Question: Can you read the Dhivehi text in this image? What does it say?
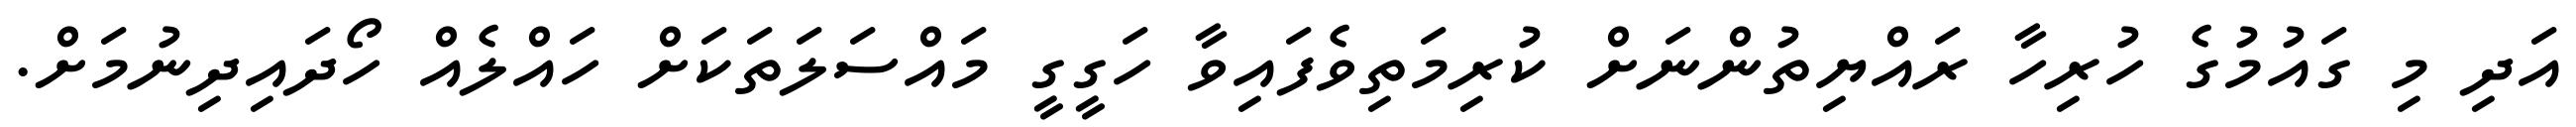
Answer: އަދި މި ގައުމުގެ ހުރިހާ ރައްޔިތުންނަށް ކުރިމަތިވެފައިވާ ހަގީގީ މައްސަލަތަކަށް ހައްލެއް ހޯދައިދިނުމަށް.